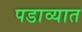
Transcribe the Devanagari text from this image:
पडाव्यात